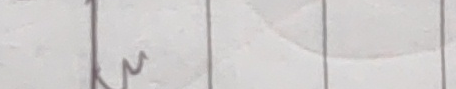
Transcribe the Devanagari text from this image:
रु